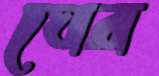
ঘের